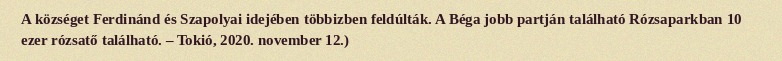
A községet Ferdinánd és Szapolyai idejében többizben feldúlták. A Béga jobb partján található Rózsaparkban 10 ezer rózsatő található. – Tokió, 2020. november 12.)